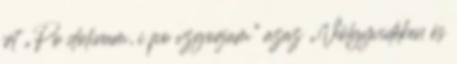
írt „Po dolinam, i po vzgorjam” azaz „Völgyvidéken és